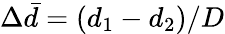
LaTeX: \Delta\bar{d}=(d_{1}-d_{2})/D